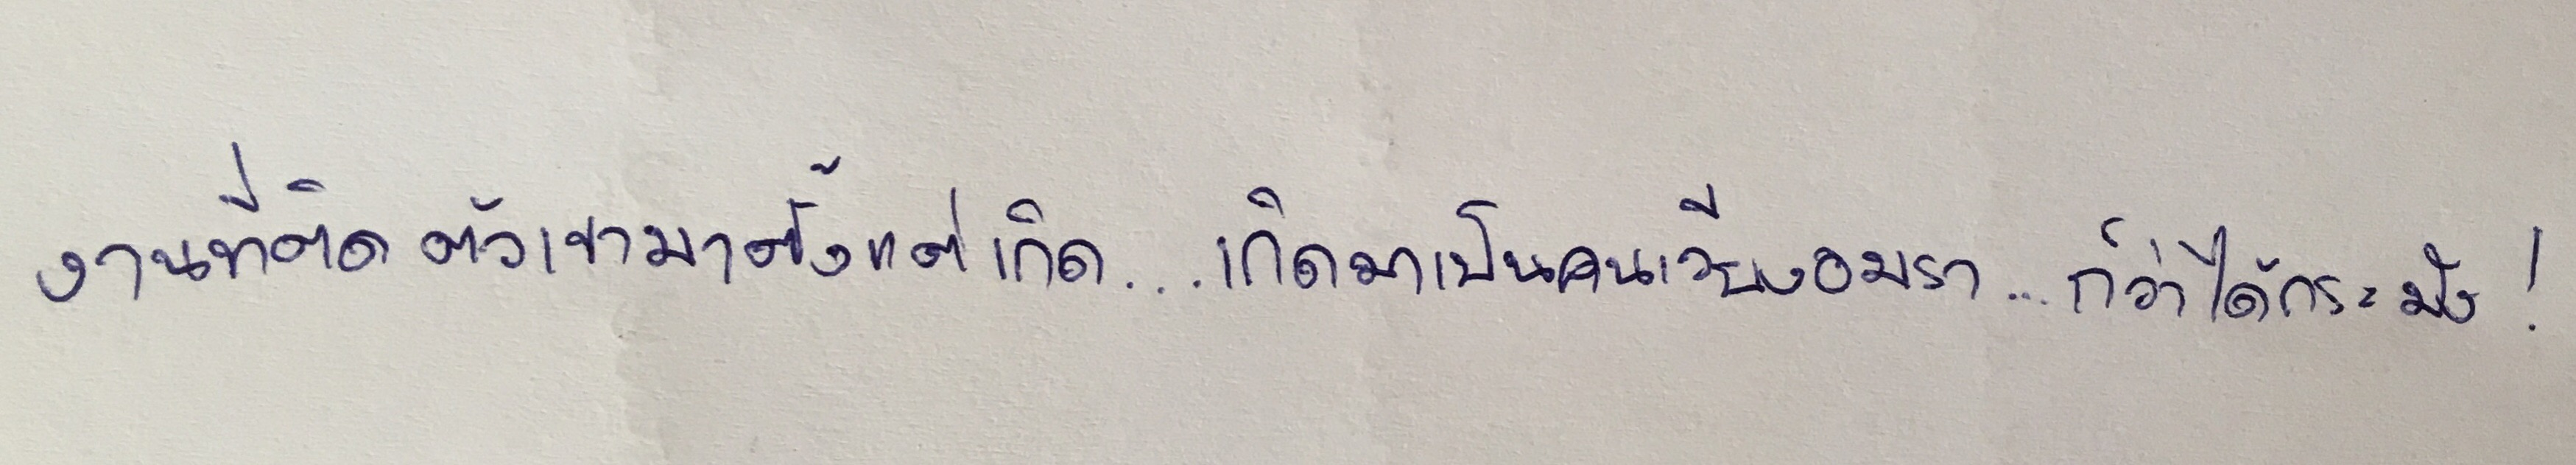
งานที่ติดตัวเขามาตั้งแต่เกิด...เกิดมาเป็นคนเวียงอมรา...ก็ว่าได้กระมัง!